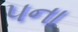
૫ના